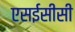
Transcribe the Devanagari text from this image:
एसईसीसी